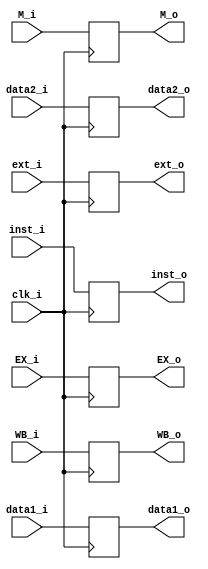
module ID_EX
(
    clk_i,
    WB_i,
    M_i,
    EX_i,
    data1_i,
    data2_i,
    ext_i,
    inst_i,
    WB_o,
    M_o,
    EX_o,
    data1_o,
    data2_o,
    ext_o,
    inst_o
);

input               clk_i;
input       [1:0]   WB_i, M_i;
input       [3:0]   EX_i;
input       [31:0]  data1_i, data2_i, ext_i;
input       [14:0]  inst_i;

output  reg     [1:0]   WB_o, M_o;
output  reg     [3:0]   EX_o;
output  reg     [31:0]  data1_o, data2_o, ext_o;
output  reg     [14:0]  inst_o;

initial begin
    WB_o = 0;
    M_o = 0;
    EX_o = 0;
    data1_o = 0;
    data2_o = 0;
    ext_o = 0;
    inst_o = 0;
end

always@(posedge clk_i) begin
    WB_o <= WB_i;
    M_o <= M_i;
    EX_o <= EX_i;
    data1_o <= data1_i;
    data2_o <= data2_i;
    ext_o <= ext_i;
    inst_o <= inst_i;
end

endmodule